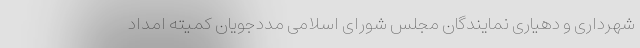
شهرداری و دهیاری نمایندگان مجلس شورای اسلامی مددجویان کمیته امداد